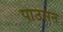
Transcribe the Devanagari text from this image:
पाउसन